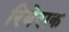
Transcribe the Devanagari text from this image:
रिबेराक